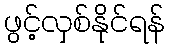
ဖွင့်လှစ်နိုင်ရန်